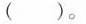
( )。